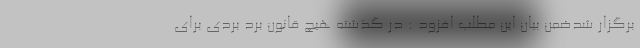
برگزار شدضمن بیان این مطلب افزود : در گذشته هیچ قانون برد بردی برای